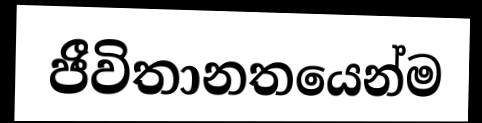
ජීවිතානතයෙන්ම